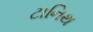
ટાનિથ